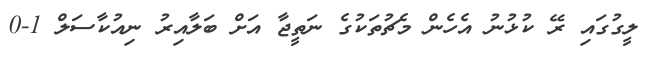
ލީގުގައި ރޭ ކުޅުނު އެހެން މެޗުތަކުގެ ނަތީޖާ އަށް ބަލާއިރު ނިއުކާސަލް 1-0